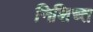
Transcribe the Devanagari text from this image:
निशिच्त